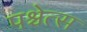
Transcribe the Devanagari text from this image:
पश्चेत्स